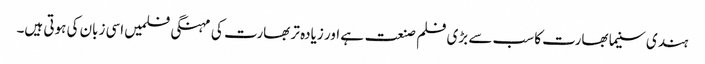
ہندی سنیما بھارت کا سب سے بڑی فلم صنعت ہے اور زیادہ تر بھارت کی مہنگی فلمیں اسی زبان کی ہوتی ہیں۔